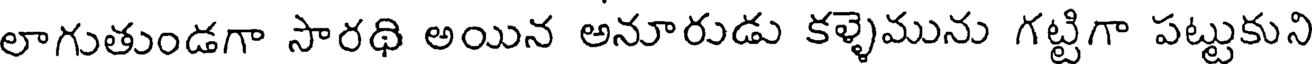
లాగుతుండగా సారథి అయిన అనూరుడు కళ్ళెమును గట్టిగా పట్టుకుని